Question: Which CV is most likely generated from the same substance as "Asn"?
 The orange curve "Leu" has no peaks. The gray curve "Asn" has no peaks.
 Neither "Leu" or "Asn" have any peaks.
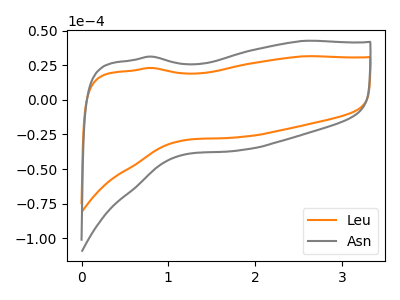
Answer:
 <answer>The CV with the most similar shape to "Leu" is "Asn".</answer>
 <eval>"Asn"</eval>